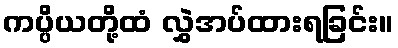
ကပ္ပိယတို့ထံ လွှဲအပ်ထားရခြင်း။